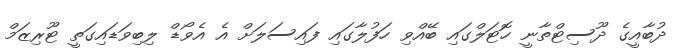
ދުބާއީގެ ދޫސިޓްތާނީ ހޮޓަލްގައި ބޭއްވި ހަފުލާގައި ފައިސަލަށް އެ އެވޯޑް ލިބިވަޑައިގަތީ ޓޫރިޒަމް